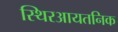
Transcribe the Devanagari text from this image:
स्थिरआयतनिक